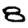
Digit: 8